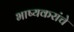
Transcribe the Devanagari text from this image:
भाष्यकरांचे